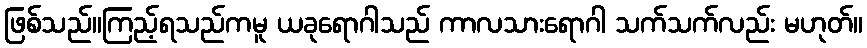
ဖြစ်သည်။ကြည့်ရသည်ကမူ ယခုရောဂါသည် ကာလသားရောဂါ သက်သက်လည်း မဟုတ်။